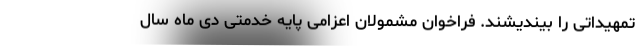
تمهیداتی را بیندیشند. فراخوان مشمولان اعزامی پایه خدمتی دی ماه سال